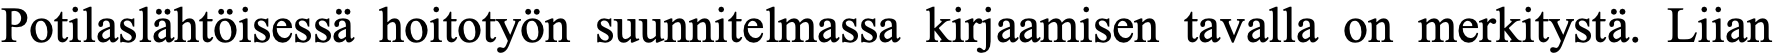
Potilaslähtöisessä hoitotyön suunnitelmassa kirjaamisen tavalla on merkitystä. Liian